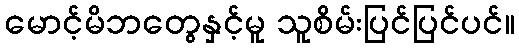
မောင့်မိဘတွေနှင့်မူ သူစိမ်းပြင်ပြင်ပင်။